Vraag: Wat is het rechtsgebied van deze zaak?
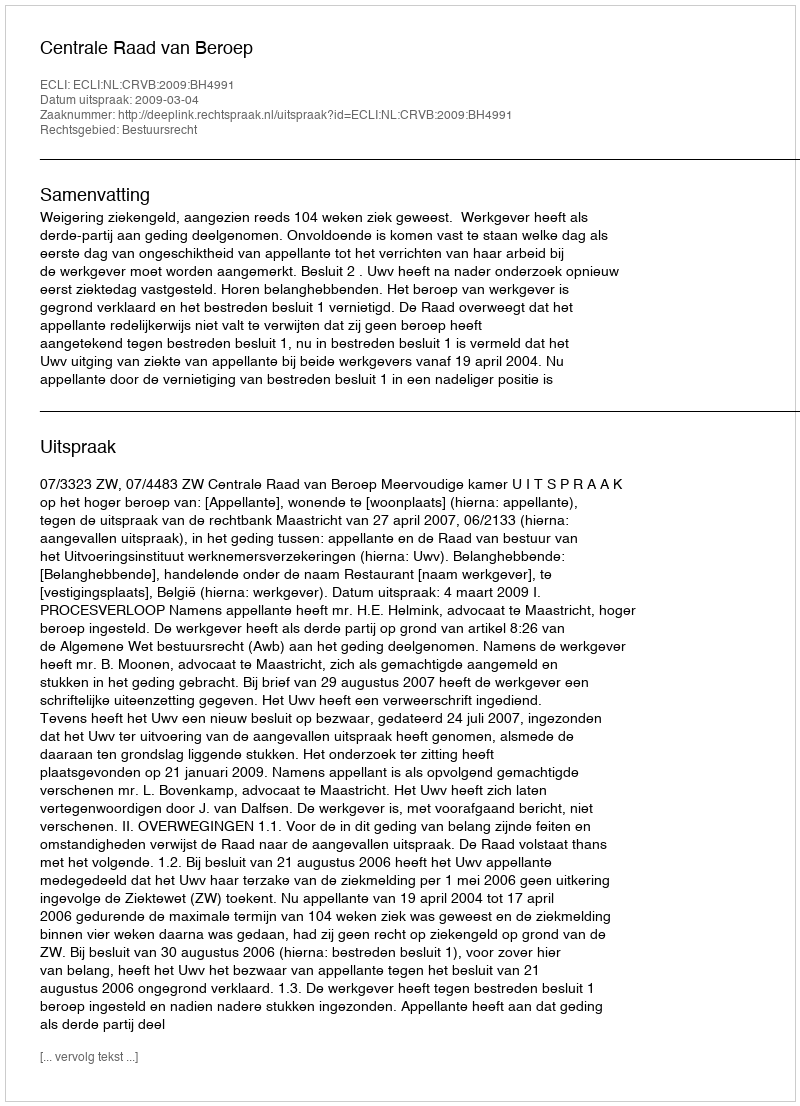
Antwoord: Bestuursrecht